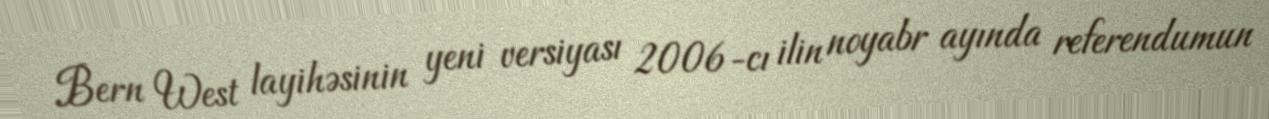
Bern West layihəsinin yeni versiyası 2006-cı ilin noyabr ayında referendumun